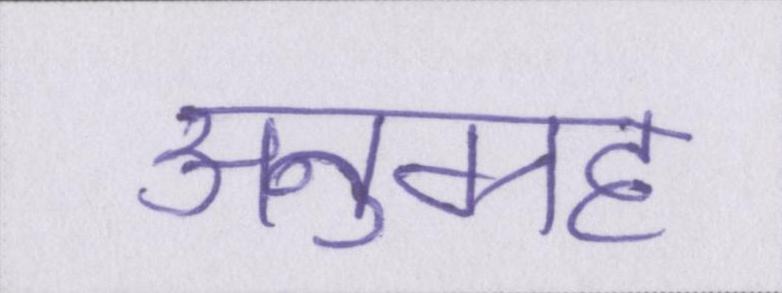
अनुग्रह